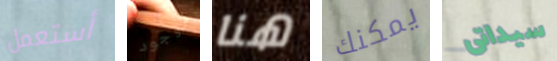
أستعمل لاوجود هنا يمكنك سيداتى